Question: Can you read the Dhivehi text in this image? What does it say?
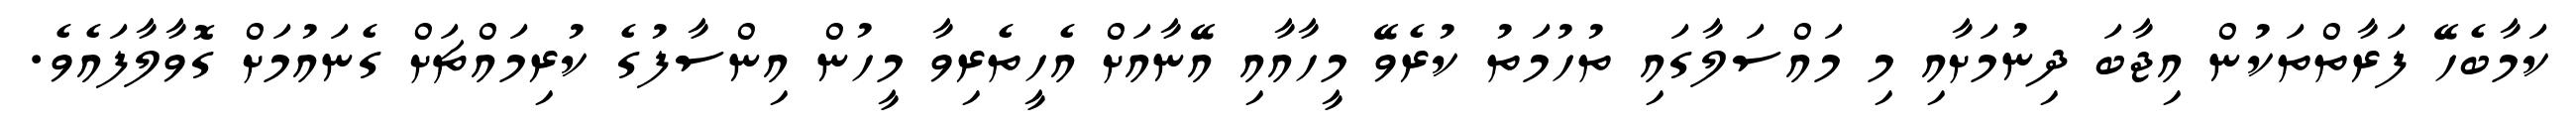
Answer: ކަމާބެހޭ ފަރާތްތަކުން އިޖާބަ ދިނުމަށާއި މި މައްސަލާގައި ތުހުމަތު ކުރެވޭ މީހާއާއި އޭނާއަށް އެހީތެރިވާ މީހުން އިންސާފުގެ ކުރިމައްޗަށް ގެނައުމަށް ގޮވާލާފައެވެ.